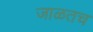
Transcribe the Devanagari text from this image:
जाळतच